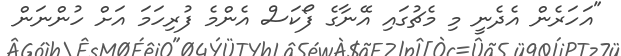
"އަހަރެން އެދެނީ މި މެޗުގައި އޭނާގެ ފޯކަސް އެންމެ ފުރިހަމަ އަށް ހުންނަން